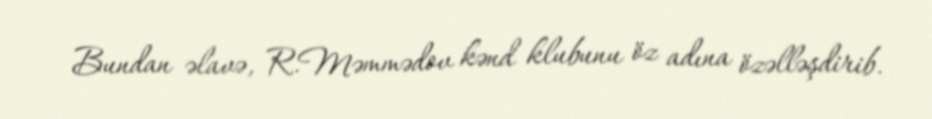
Bundan əlavə, R.Məmmədov kənd klubunu öz adına özəlləşdirib.